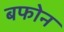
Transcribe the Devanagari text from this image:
बफोन